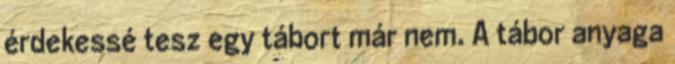
érdekessé tesz egy tábort már nem. A tábor anyaga